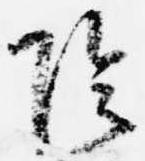
陰